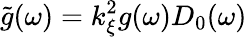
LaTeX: \tilde{g}(\omega)=k_{\xi}^{2}g(\omega)D_{0}(\omega)